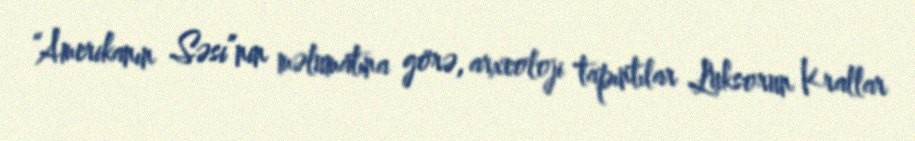
“Amerikanın Səsi”nin məlumatına görə, arxeoloji tapıntılar Luksorun Krallar